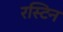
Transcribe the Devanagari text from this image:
रस्टिन